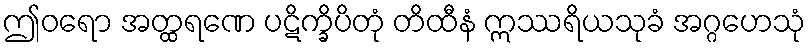
ဤဝရော အတ္ထရဏေ ပဋိက္ခိပိတုံ တိထီနံ ဣဿရိယသုခံ အဂ္ဂဟေသုံ